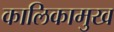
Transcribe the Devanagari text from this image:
कालिकामुख